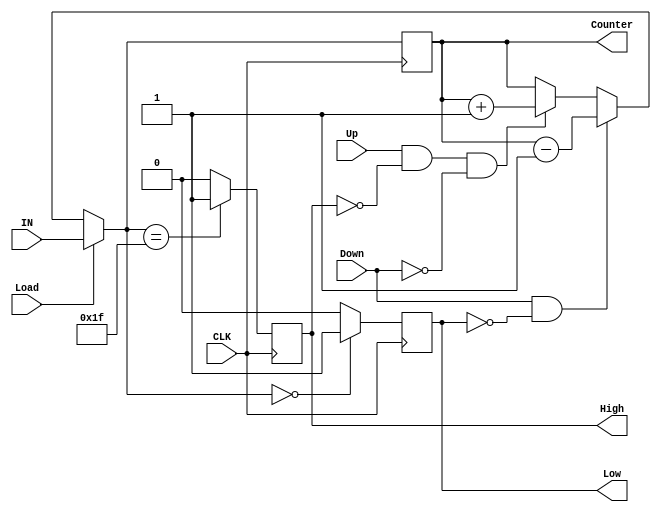
module Up_Dn_Counter(

input     wire  [4:0]       IN,
input     wire              Load,
input     wire              Up,
input     wire              Down,
input     wire              CLK,
output    reg   [4:0]       Counter,
output    reg               High,
output    reg               Low   );

reg[4:0] Counter_D;
reg High_D,Low_D;


always@(*)
 begin
  
  if(Load)
    Counter_D = IN;
  else if(Down  &&  !Low)// until it's Down && Low = 1
    Counter_D = Counter - 1;
  else if(Up  &&  !High  &&  !Down)// so at 0 this will work if i dont put !Down
    Counter_D = Counter + 1;
  else //if(!(DOWN&&!LOW)&&!(UP&&!HIGH&&!DOWN)) if[(DOWN*LOWBar)Bar * (UP*HIGHBar*DOWNBar)Bar ] 
    Counter_D = Counter;    
  
  
  if(Counter_D  ==  31)
    High_D  = 1;
  else
    High_D=0;
  if(Counter_D  ==  0)
     Low_D  = 1;
  else
     Low_D  = 0;
 
 end
 
always@(posedge CLK)
 begin
  
   High <=  High_D;
   Low  <=  Low_D;
   Counter  <=  Counter_D;
 
 end
 
endmodule